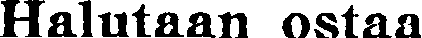
Halutaan ostaa